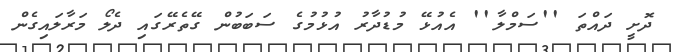
ދޮށީ ދައްތަ ''ސަމްލާ'' އެއުޅޭ މުޑުދާރު އުޅުމުގެ ސަބަބުން ގޭތެރޭގައި ދެލޯ މަރާލައިގެން